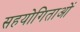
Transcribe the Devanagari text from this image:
सहयोगिताओं